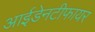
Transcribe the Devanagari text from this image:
आईडेनटीफायर